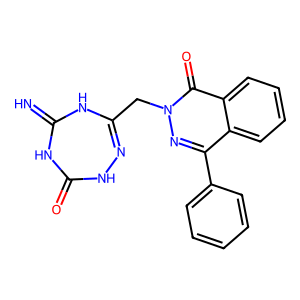
SMILES: N=C1NC(=O)NN=C(Cn2nc(-c3ccccc3)c3ccccc3c2=O)N1
Inhibits HIV replication: No